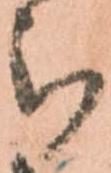
被